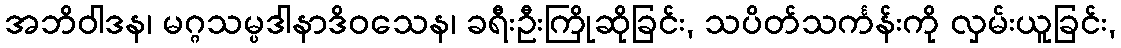
အဘိဝါဒန၊ မဂ္ဂသမ္ပဒါနာဒိဝသေန၊ ခရီးဦးကြိုဆိုခြင်း, သပိတ်သင်္ကန်းကို လှမ်းယူခြင်း,